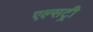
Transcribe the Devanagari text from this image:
एल्सट्री